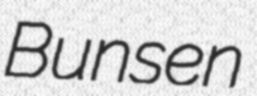
Bunsen